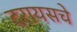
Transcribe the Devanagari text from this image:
दरायसचे